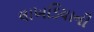
લાખડિયાની